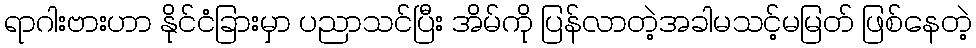
ရာဂါးဗားဟာ နိုင်ငံခြားမှာ ပညာသင်ပြီး အိမ်ကို ပြန်လာတဲ့အခါမသင့်မမြတ် ဖြစ်နေတဲ့